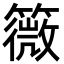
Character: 䉠